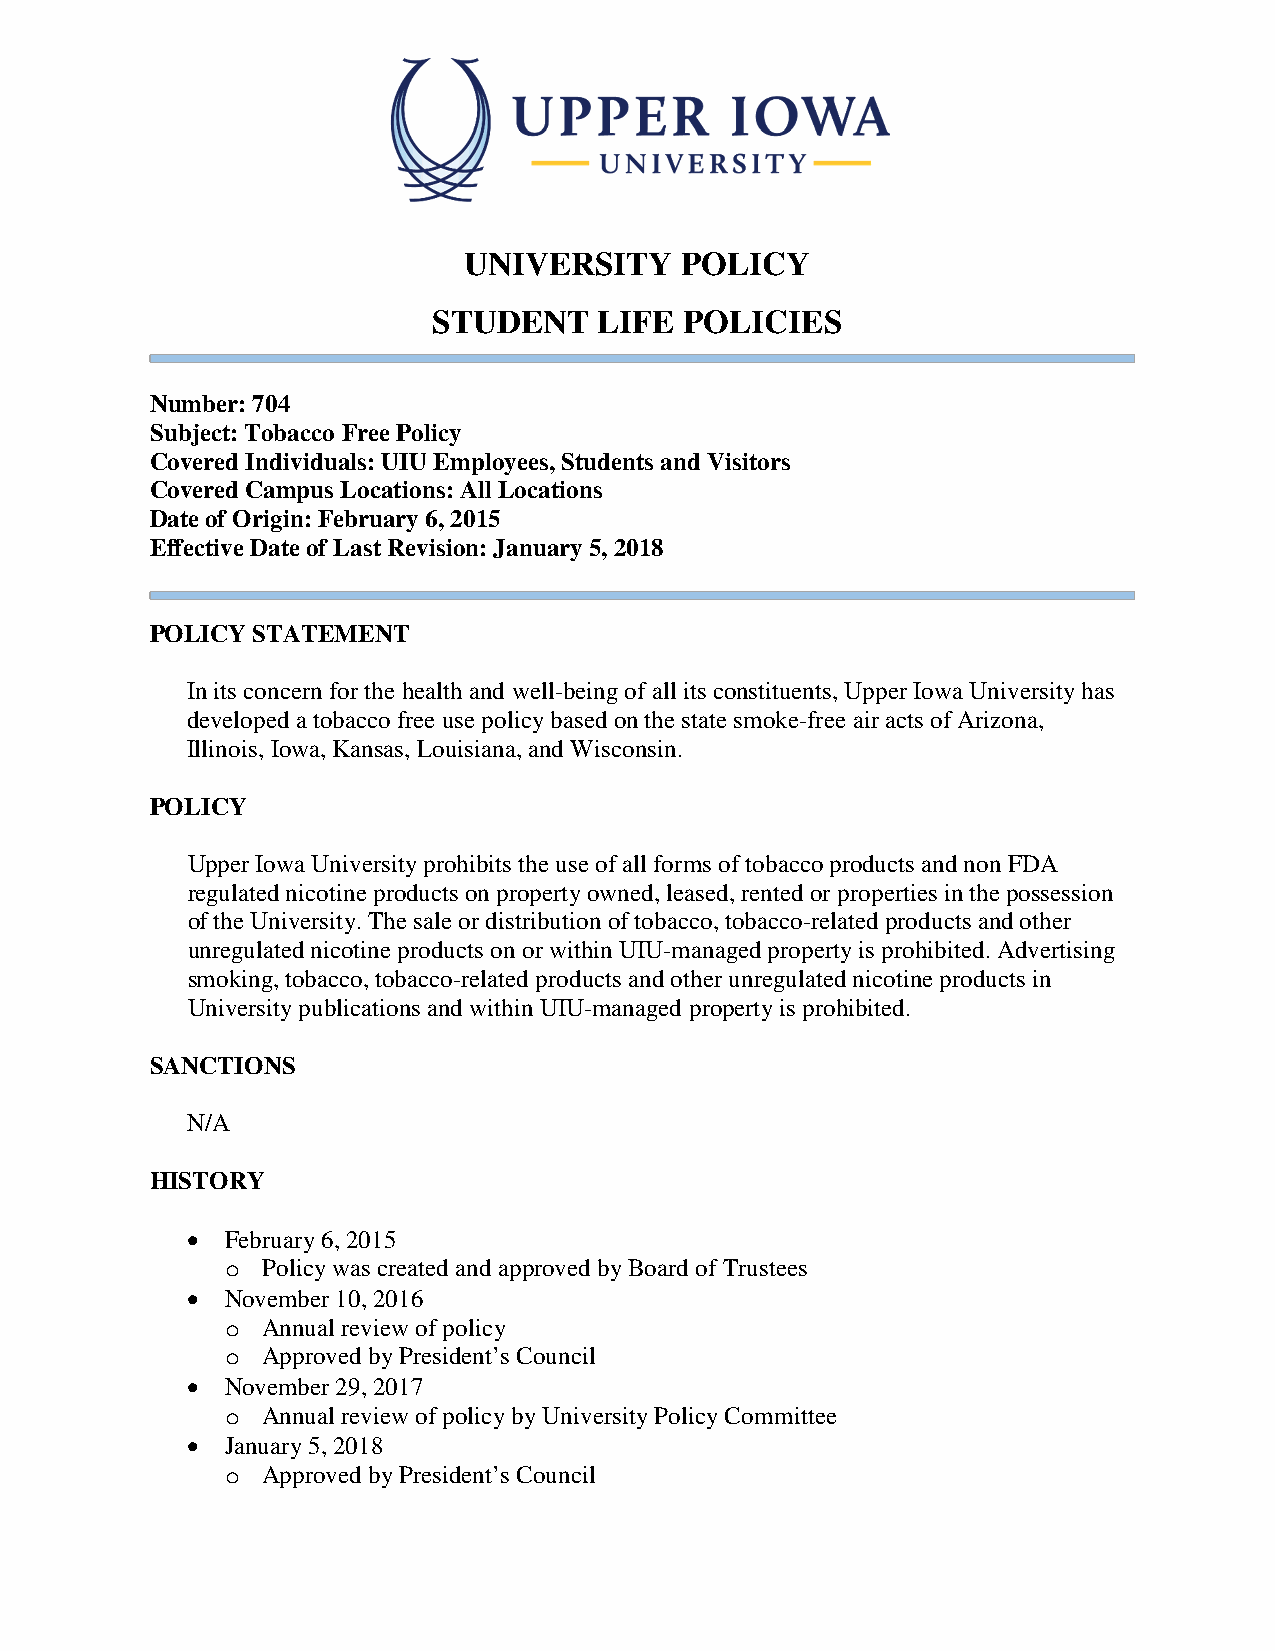
UNIVERSITY    POLICY
 STUDENT    LIFE POLICIES
 Number: 704
 Subject: Tobacco Free Policy
 Covered Individuals: UIU Employees, Students and Visitors
 Covered Campus Locations: All Locations
 Date of Origin: February 6, 2015
 Effective Date of Last Revision: January 5, 2018
 POLICY STATEMENT
 In its concern for the health and well-being of all its constituents, Upper Iowa University has
 developed a tobacco free use policy based on the state smoke-free air acts of Arizona,
 Illinois, Iowa, Kansas, Louisiana, and Wisconsin.
 POLICY
 Upper Iowa University prohibits the use of all forms of tobacco products and non FDA
 regulated nicotine products on property owned, leased, rented or properties in the possession
 of the University. The sale or distribution of tobacco, tobacco-related products and other
 unregulated nicotine products on or within UIU-managed property is prohibited. Advertising
 smoking, tobacco, tobacco-related products and other unregulated nicotine products in
 University publications and within UIU-managed property is prohibited.
 SANCTIONS
 N/A
 HISTORY
 •  February 6, 2015
 o Policy was created and approved by Board of Trustees
 •  November 10, 2016
 o Annual review of policy
 o Approved by President’s Council
 •  November 29, 2017
 o Annual review of policy by University Policy Committee
 •  January 5, 2018
 o Approved by President’s Council